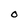
Character: O